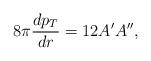
LaTeX: \begin{align*}8\pi {dp_T \over dr} = 12A'A'',\end{align*}